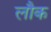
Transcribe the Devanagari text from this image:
लौक